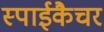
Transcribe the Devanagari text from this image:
स्पाईकैचर